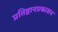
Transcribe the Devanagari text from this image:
प्रतिष्ठानप्रकाशन